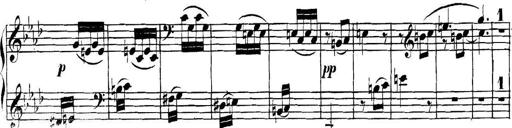
Title: Collected Piano Sonatas
Composer: Muzio Clementi